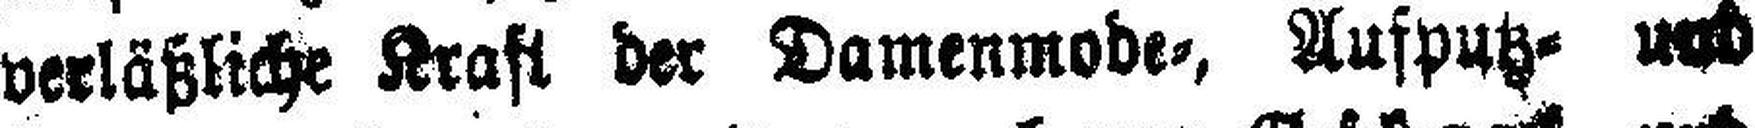
verläßliche Kraft der Damenmode=, Aufputz- und